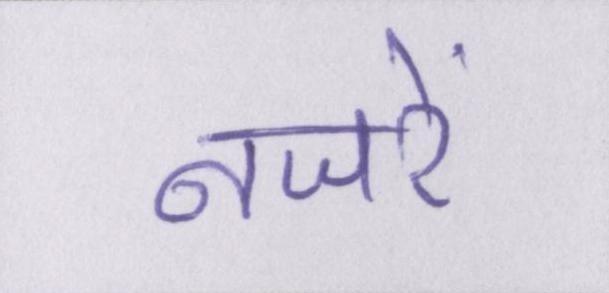
नजरें